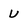
Character: U